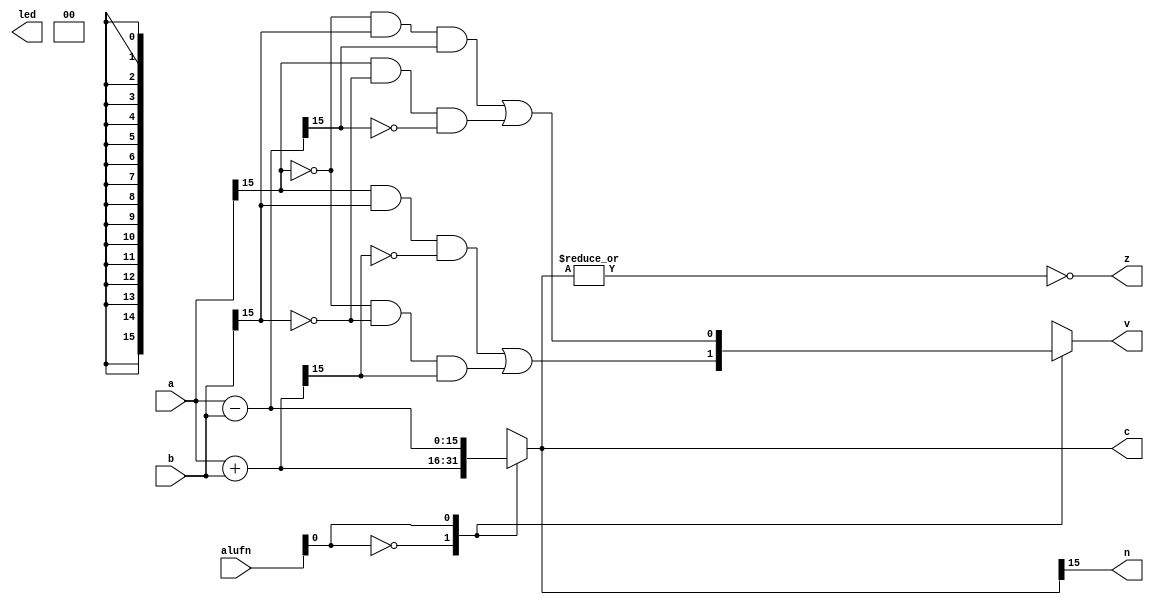
module add_38 (
    input [5:0] alufn,
    input [15:0] a,
    input [15:0] b,
    output reg [7:0] led,
    output reg [15:0] c,
    output reg z,
    output reg v,
    output reg n
  );
  
  
  
  reg [15:0] sum;
  
  always @* begin
    c = 16'h0000;
    z = 1'h0;
    v = 1'h0;
    n = 1'h0;
    sum = 16'h0000;
    led[6+1-:2] = 2'h0;
    
    case (alufn[0+0-:1])
      1'h0: begin
        sum = a + b;
        v = (a[15+0-:1] & b[15+0-:1] & (~sum[15+0-:1])) | ((~a[15+0-:1]) & (~b[15+0-:1]) & sum[15+0-:1]);
      end
      1'h1: begin
        sum = a - b;
        v = (~a[15+0-:1] & b[15+0-:1] & sum[15+0-:1]) | ((a[15+0-:1]) & (~b[15+0-:1]) & ~sum[15+0-:1]);
      end
      default: begin
        sum = 16'h0000;
      end
    endcase
    c = sum;
    z = (~|sum);
    n = sum[15+0-:1];
  end
endmodule